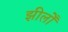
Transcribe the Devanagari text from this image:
झीलोँ